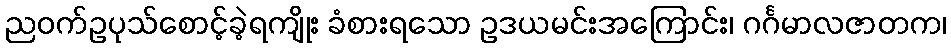
ညဝက်ဥပုသ်စောင့်ခဲ့ရကျိုး ခံစားရသော ဥဒယမင်းအကြောင်း၊ ဂင်္ဂမာလဇာတက၊